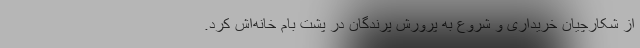
از شکارچیان خریداری و شروع به پرورش پرندگان در پشت بام خانه‌اش کرد.